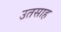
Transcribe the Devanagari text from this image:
उतसाह